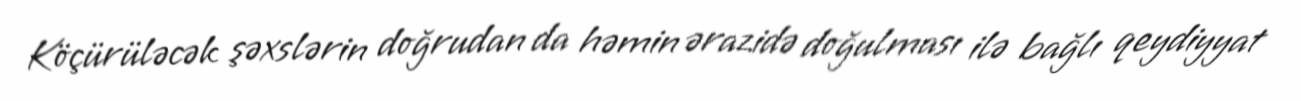
Köçürüləcək şəxslərin doğrudan da həmin ərazidə doğulması ilə bağlı qeydiyyat